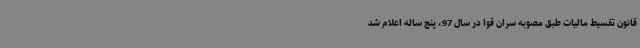
قانون تقسیط مالیات طبق مصوبه سران قوا در سال 97، پنج ساله اعلام شد